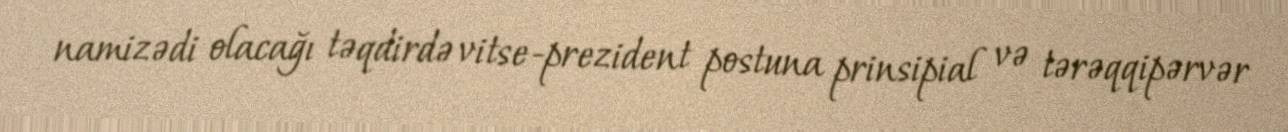
namizədi olacağı təqdirdə vitse-prezident postuna prinsipial və tərəqqipərvər